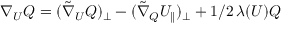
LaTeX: { \nabla _ { U } } Q = ( \tilde { \nabla } _ { U } Q ) _ { \perp } - ( \tilde { \nabla } _ { Q } U _ { \parallel } ) _ { \perp } + 1 / 2 \, \lambda ( U ) Q